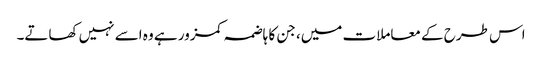
اس طرح کے معاملات میں، جن کا ہاضمہ کمزور ہے وہ اسے نہیں کھاتے۔